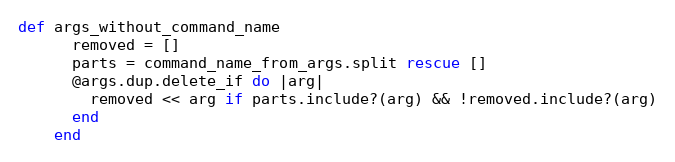
Language: Ruby
def args_without_command_name
      removed = []
      parts = command_name_from_args.split rescue []
      @args.dup.delete_if do |arg|
        removed << arg if parts.include?(arg) && !removed.include?(arg)
      end
    end